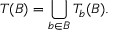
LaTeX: T ( B ) = \bigcup _ { b \in B } T _ { b } ( B ) .